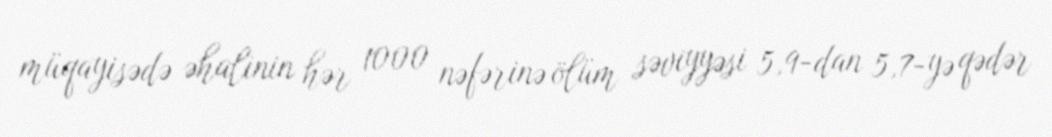
müqayisədə əhalinin hər 1000 nəfərinə ölüm səviyyəsi 5,9-dan 5,7-yə qədər